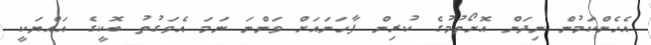
އެހެންކަމުން ނިދަން އޮށޯތުމުގެ ކުރިން ފާހަނައަށް ވަންނަ ނަމަ އެވަގުތު ބޮކީގެ އައްޔަކީ